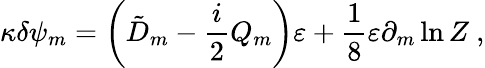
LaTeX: \kappa\delta\psi_{m}=\biggl(\tilde{D}_{m}-{\frac{i}{2}}Q_{m}\biggr)\varepsilon+\frac{1}{8}\varepsilon\partial_{m}\ln Z\ ,